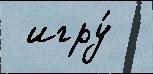
 игру́